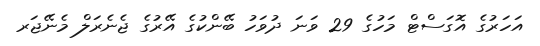
އަހަރުގެ އޮގަސްޓް މަހުގެ 29 ވަނަ ދުވަހު ބޭންކުގެ އޭރުގެ ޖެނެރަލް މެނޭޖަރ